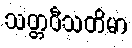
သတ္တဝီသတိမာ